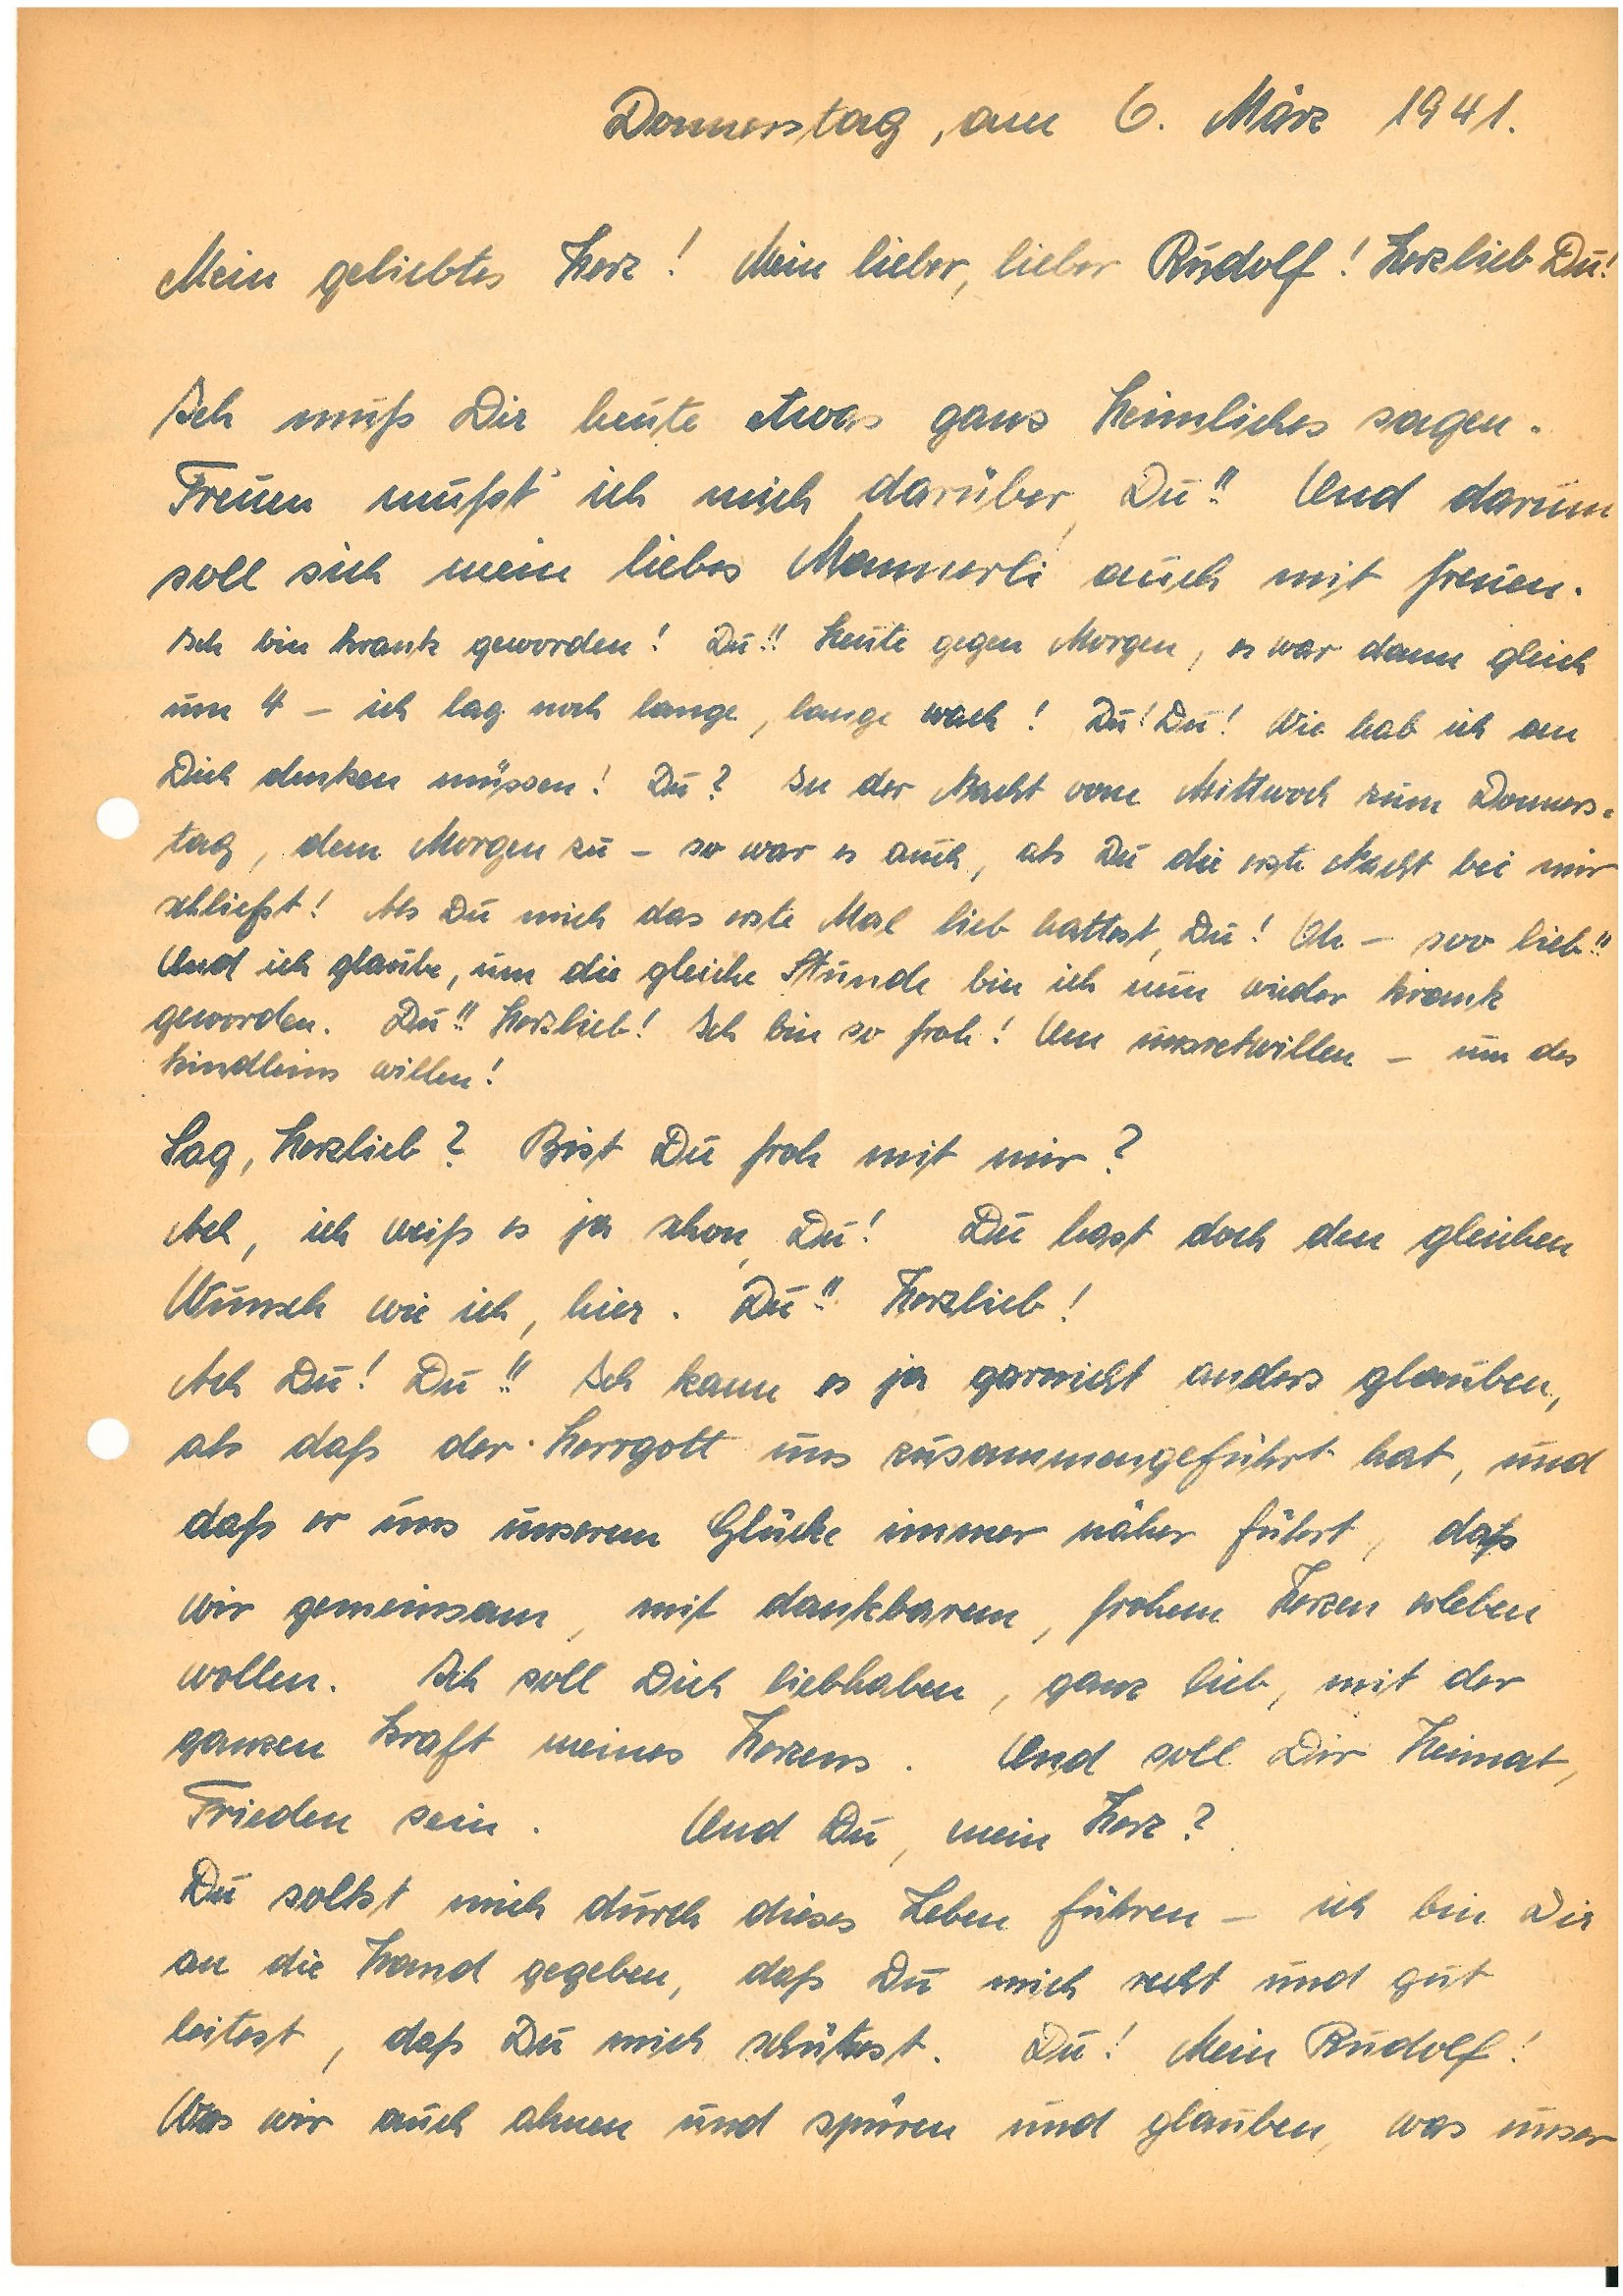
Donnerstag, am 6. März 1941.
Mein geliebtes Herz! Meine lieber, lieber ! Herzlieb Du!
Ich muß Dir heute etwas ganz Heimliches sagen.
Freuen mußt’ ich mich darüber, Du!! Und darum
soll sich mein liebes Mannerli auch mit freuen.
Ich bin krank geworden! Du!! Heute gegen Morgen, es war dann gleich
um 4 – ich lag noch lange, lange wach! Du! Du! Wie hab ich an
Dich denken müssen! Du? In der Nacht vom Mittwoch zum Donners¬
tag, dem Morgen zu – so war es auch, als Du die erste Nacht bei mir
schliefst! Als Du mich das erste Mal lieb hattest, Du! Oh – soo lieb!!
Und ich glaube, um die gleiche Stunde bin ich nun wieder krank
geworden. Du!! Herzlieb! Ich bin so froh! Um unsretwillen – um des
Kindleins willen!
Sag, Herzlieb? Bist du froh mit mir?
Ach, ich weiß es ja schon, Du! Du hast doch den gleichen
Wunsch wie ich, hier. Du!! Herzlieb!
Ach Du!! Ich kann es ja garnicht anders glauben,
als daß der Herrgott uns zusammengeführt hat, und
daß er uns unserem Glücke immer näher führt, daß
wir gemeinsam, mit dankbarem, frohem Herzen erleben
wollen. Ich soll Dich liebhaben, ganz lieb, mit der
ganzen Kraft meines Herzens. Und soll Dir Heimat,
Frieden sein. Und Du, mein Herz?
Du sollst mich durch dieses Leben führen – ich bin Dir
an die Hand gegeben, daß Du mich recht und gut
leitest, daß Du mich schützest. Du! Mein !
Was wir auch ahnen und spüren und glauben, was unser